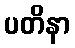
ပတိနာ